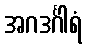
အဂဒင်္ဂါရံ